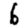
Digit: 6